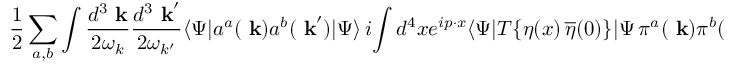
{ \frac { 1 } { 2 } } \sum _ { a , b } \int { \frac { d ^ { 3 } \mathrm { \bf ~ k } } { 2 \omega _ { k } } } { \frac { d ^ { 3 } \mathrm { \bf ~ k } ^ { \prime } } { 2 \omega _ { k ^ { \prime } } } } \langle \Psi | a ^ { a } ( \mathrm { \bf ~ k } ) a ^ { b } ( \mathrm { \bf ~ k } ^ { \prime } ) | \Psi \rangle \, i \! \int d ^ { 4 } x e ^ { i p \cdot x } \langle \Psi | T \{ \eta ( x ) \, \overline { { { \eta } } } ( 0 ) \} | \Psi \, \pi ^ { a } ( \mathrm { \bf ~ k } ) \pi ^ { b } ( \mathrm { \bf ~ k } ^ { \prime } ) \rangle ,